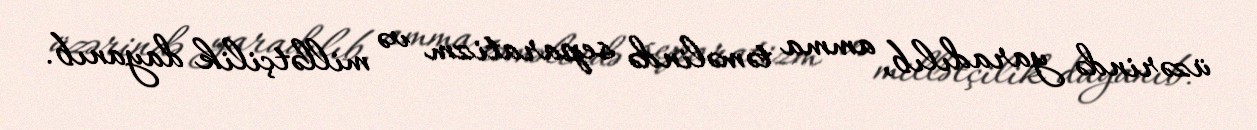
üzərində yaradılıb, amma təməlində separatizm və millətçilik dayanıb.